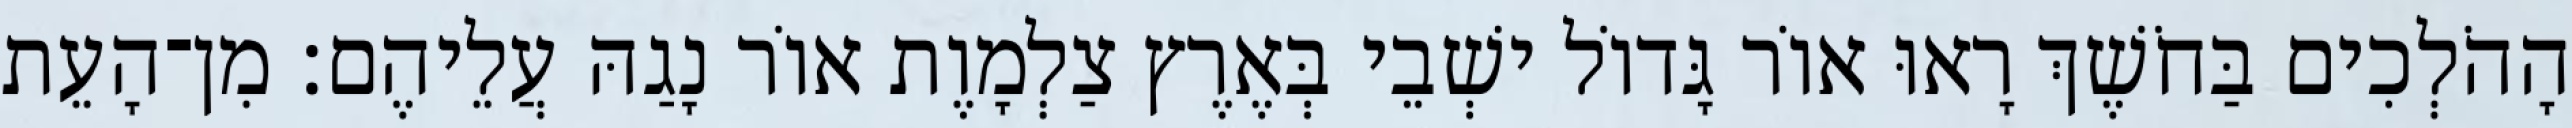
הָהֹלְכִים בַּחֹשֶׁךְ רָאוּ אוֹר גָּדוֹל ישְׁבֵי בְּאֶרֶץ צַלְמָוֶת אוֹר נָגַהּ עֲלֵיהֶם׃ מִן־הָעֵת